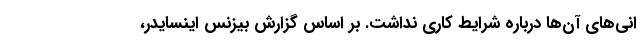
انی‌های آن‌ها درباره شرایط کاری نداشت. بر اساس گزارش بیزنس اینسایدر،